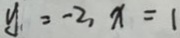
y = - 2 , x = 1